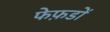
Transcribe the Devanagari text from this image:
फेफ़डों